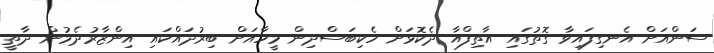
ސަންއަށް އެނގިފައިވާ ގޮތުގައި އާތިފްއާ ދެކޮޅަށް ހެކިބަސްދިން މީހާއަށް ބިރުދައްކައި އިންޒާރުދެމުން ދާތީ